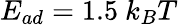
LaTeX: E_{ad}=1.5~k_{B}T